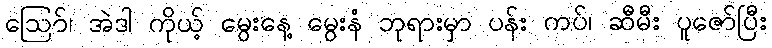
ဪ၊ အဲဒါ ကိုယ့် မွေးနေ့ မွေးနံ ဘုရားမှာ ပန်း ကပ်၊ ဆီမီး ပူဇော်ပြီး